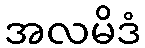
အလမိဒံ